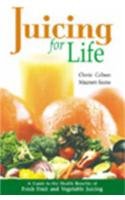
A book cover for Juicing for Life: Guide to the Health Benefits of Fresh Fruit and Vegetable Juicing; Cherie Calbom; Cookbooks, Food & Wine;